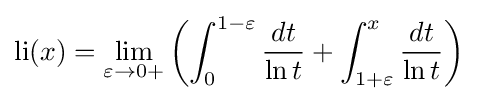
\operatorname {li} (x)=\lim _{\varepsilon \to 0+}\left(\int _{0}^{1-\varepsilon }{\frac {dt}{\ln t}}+\int _{1+\varepsilon }^{x}{\frac {dt}{\ln t}}\right)